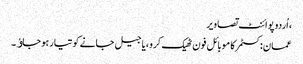
، اُردو پوائنٹ تصاویر
عمان:کسٹمر کا موبائل فون ٹھیک کرو ،یا جیل جانے کو تیار ہو جاﺅ۔